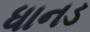
ધાનડ